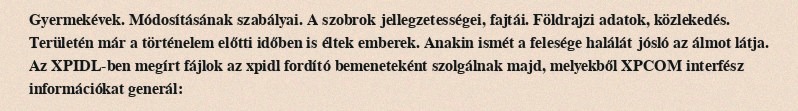
Gyermekévek. Módosításának szabályai. A szobrok jellegzetességei, fajtái. Földrajzi adatok, közlekedés. Területén már a történelem előtti időben is éltek emberek. Anakin ismét a felesége halálát jósló az álmot látja. Az XPIDL-ben megírt fájlok az xpidl fordító bemeneteként szolgálnak majd, melyekből XPCOM interfész információkat generál: